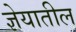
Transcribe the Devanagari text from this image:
ज्ञेयातील